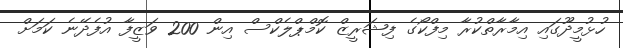
ހުޅުމީދޫގައި އިމާރާތްކުރާ މިފްކޯގެ ފިޝަރީޒް ކޮމްޕްލެކްސް އިން 200 ވަޒީފާ އުފެދޭނެ ކަަމަށް